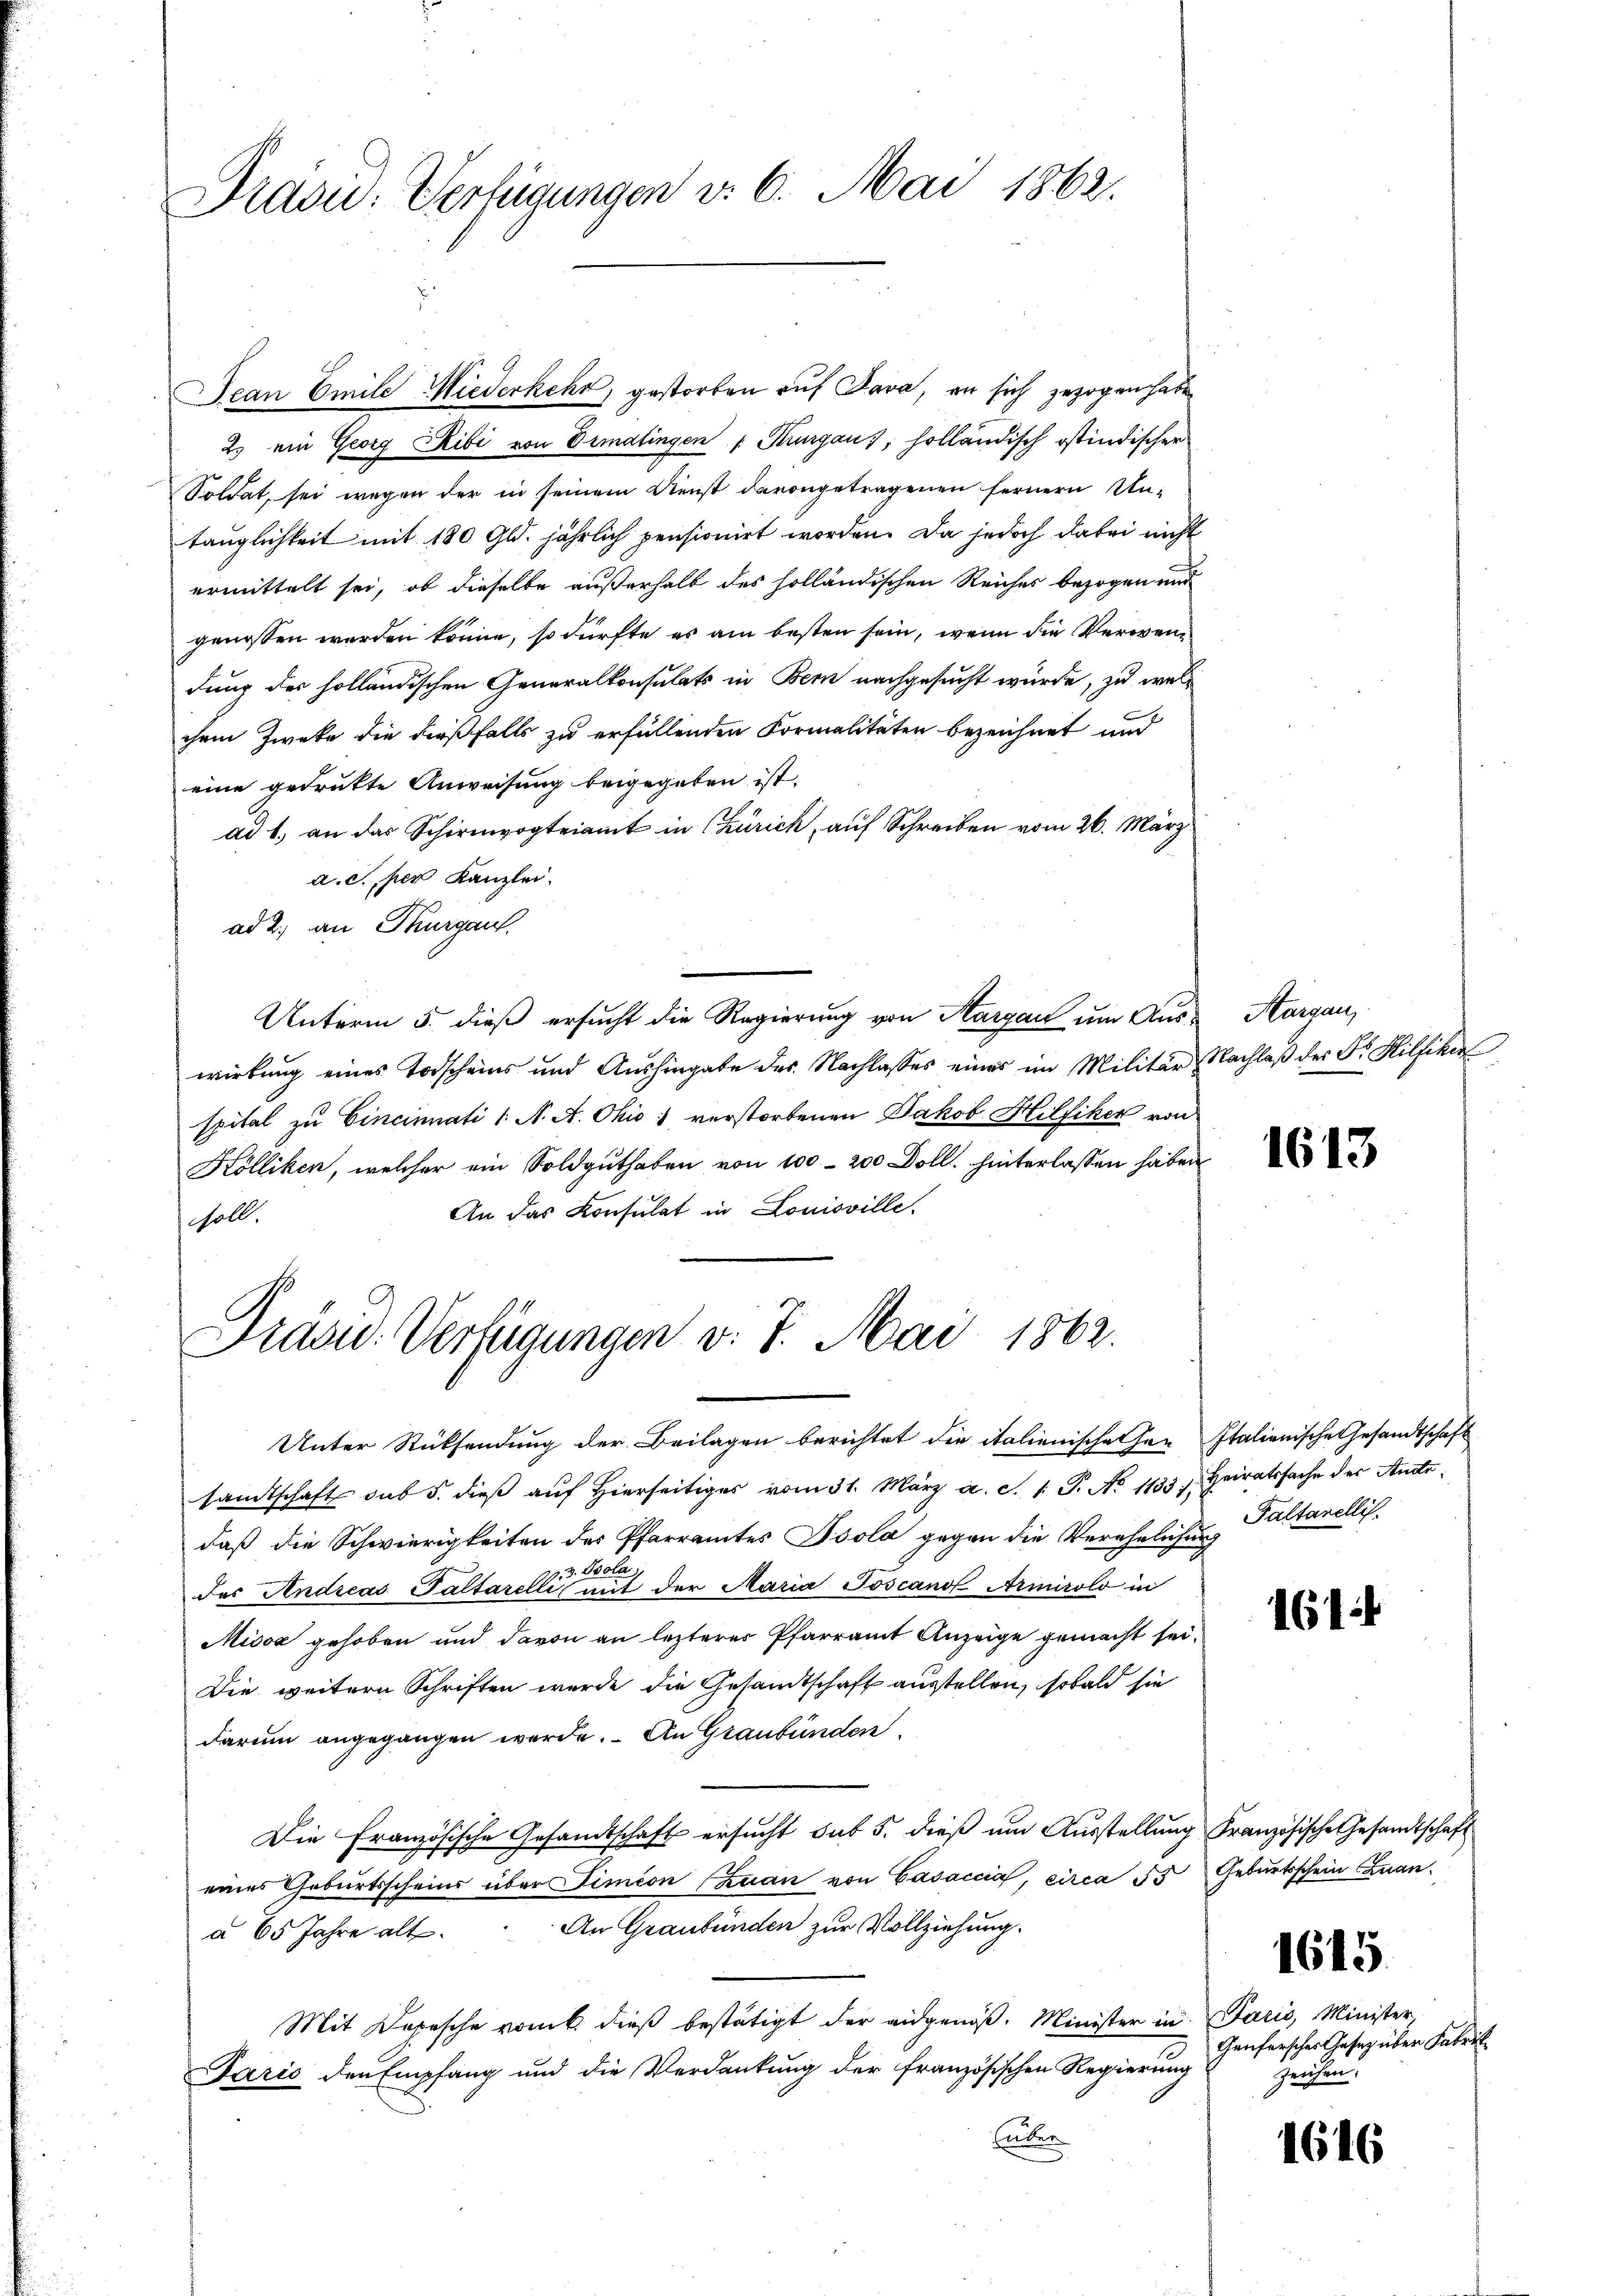
Drasu: Verfügungen v. 6. Mai 1862.

Jean Emile Wiederkehr, gestorben auf Java, an sich gezogen habe
2.) ein Georg Ribi von Dimalingen v. Thurgau, holländisch ostindischer
Soldat, sei wegen der in seinem Dienst davongetragenen fernern Untauglichkeit mit 180 Gld. jährlich pensionirt worden. Da jedoch dabei nicht
ermittelt sei, ob dieselbe außerhalb des holländischen Reiches bezogen und
genossen werden könne, so dürfte es am besten sein, wenn die Verwendung des holländischen Generalkonsulats in Bern nachgesucht würde, zu welchem Zwecke die dießfalls zu erfüllenden Formalitäten bezeichnet und
eine gedrukte Anweisung beigegeben ist.
ad 1. an das Schirmvogteiamt in Zürich, auf Schreiben vom 26. März
a. c. per Kanzlei.
ad 2. an Thurgau.
Unterm 5. dieß ersucht die Regierung von Aargau um Aus-Aargau,
wirkung eines Torscheins und Aushingabe des Nachlasses eines im Militär-
spital zu Cincinati 1. A. A. Ohio: verstorbenen Jakob Hilfiker von
Kölliken, welcher ein Soldguthaben von 100-200 Doll. hinterlassen haben
An das Konsulat in Louisville.
soll.

Unter Rücksendung der Beilagen berichtet die italienische her Italianische Gesandtschaft
samtschaft sub 5. dieß auf Hierseitiges vom 31. März a. S. 1 S. No 1133). Heiratssache der Antedaß die Schwierigkeiten des Pfarramtes Psola gegen die Verehelichung Pultanellis,
des Andreas Paltarelli mit der Maria Toscano Armirolo in
Misox gehoben und davon an lezterer Pfarramt Anzeige gemacht sei.
Die weitern Schriften wurde die Gesamtschaft ausstellen, sobald sie
darum angegangen werde. An Graubünden
Die Französische Gesandtschaft ersucht sub 5. dieß um Ausstellung Französische Gesandtschaft
eines Geburtsscheins über Timion (zuan von Gasaccia, circa ds Geburtsschein Inan¬
An Graubünden zur Vollziehung.
à 65 Jahre alt.
Mit Depesche vom k. dieß bestätigt der eidgenöß. Minister in Paris, Minister,
Fario den Empfang und die Verdankung der französischen Regierung
uben

Präsid. Verfügungen v. 7. Mai 1862.

Nachlaß der Dr. Hilfiker

1613

161

1615

Genferscher Gesetz über Fabrikzeichen.

1616